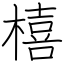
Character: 橲